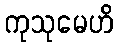
ကုသုမေဟိ